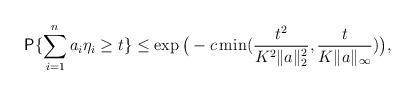
LaTeX: \begin{align*}\textsf{P}\{ \sum_{i=1}^{n}a_{i}\eta_{i}\ge t\}\le \exp\big(-c\min(\frac{t^{2}}{K^{2}\Vert a\Vert_{2}^{2}}, \frac{t}{K\Vert a\Vert_{\infty}})\big),\end{align*}